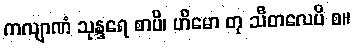
ကလျာဏံ သုန္ဒရေ စာပိ၊ ဟိမော တု သီတလေပိ စ။